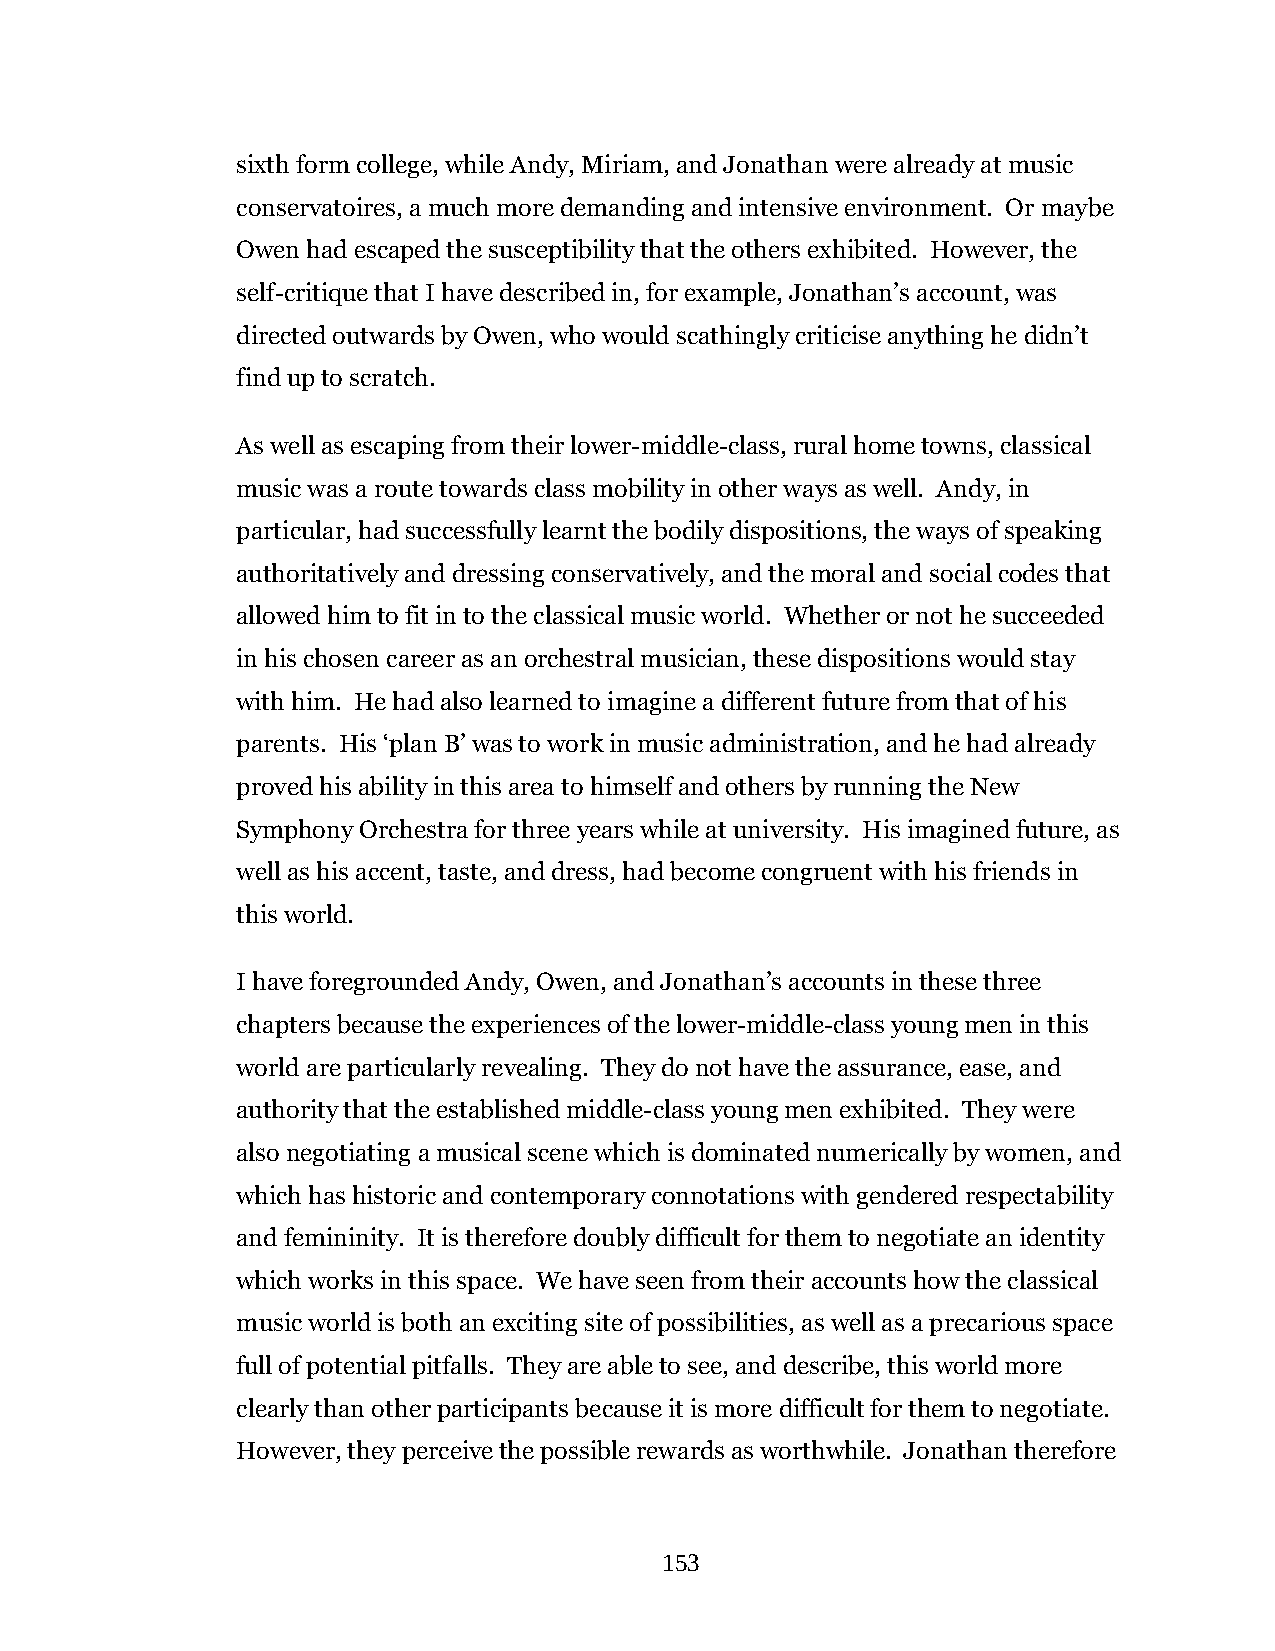
sixth form college, while Andy, Miriam, and Jonathan were already at music
 conservatoires, a much more demanding and intensive environment. Or maybe
 Owen had escaped the susceptibility that the others exhibited. However, the
 self-critique that I have described in, for example, Jonathan’s account, was
 directed outwards by Owen, who would scathingly criticise anything he didn’t
 find up to scratch.
 As well as escaping from their lower-middle-class, rural home towns, classical
 music was a route towards class mobility in other ways as well. Andy, in
 particular, had successfully learnt the bodily dispositions, the ways of speaking
 authoritatively and dressing conservatively, and the moral and social codes that
 allowed him to fit in to the classical music world. Whether or not he succeeded
 in his chosen career as an orchestral musician, these dispositions would stay
 with him. He had also learned to imagine a different future from that of his
 parents. His ‘plan B’ was to work in music administration, and he had already
 proved his ability in this area to himself and others by running the New
 Symphony Orchestra for three years while at university. His imagined future, as
 well as his accent, taste, and dress, had become congruent with his friends in
 this world.
 I have foregrounded Andy, Owen, and Jonathan’s accounts in these three
 chapters because the experiences of the lower-middle-class young men in this
 world are particularly revealing. They do not have the assurance, ease, and
 authority that the established middle-class young men exhibited. They were
 also negotiating a musical scene which is dominated numerically by women, and
 which has historic and contemporary connotations with gendered respectability
 and femininity. It is therefore doubly difficult for them to negotiate an identity
 which works in this space. We have seen from their accounts how the classical
 music world is both an exciting site of possibilities, as well as a precarious space
 full of potential pitfalls. They are able to see, and describe, this world more
 clearly than other participants because it is more difficult for them to negotiate.
 However, they perceive the possible rewards as worthwhile. Jonathan therefore
 153